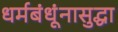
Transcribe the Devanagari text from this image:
धर्मबंधूंनासुद्धा